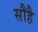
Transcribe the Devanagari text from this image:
सौहै